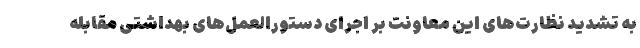
به تشدید نظارت‌های این معاونت بر اجرای دستورالعمل‌های بهداشتی مقابله